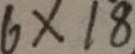
6 \times 1 8